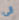
الى